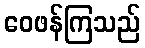
ဝေဖန်ကြသည်